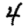
Digit: 4